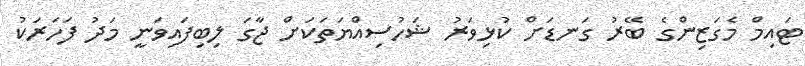
ޓައިމް މެގަޒިންގެ ބޭރު ގަނޑަށް ކުޅިވަރު ޝަހުސިއްޔަތަކަށް ޖާގަ ލިބިފައިވަނީ މަދު ފަހަރަކު